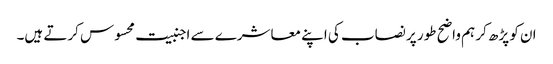
ان کو پڑھ کر ہم واضح طور پر نصاب کی اپنے معاشرے سے اجنبیت محسوس کرتے ہیں۔